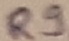
Text: R9